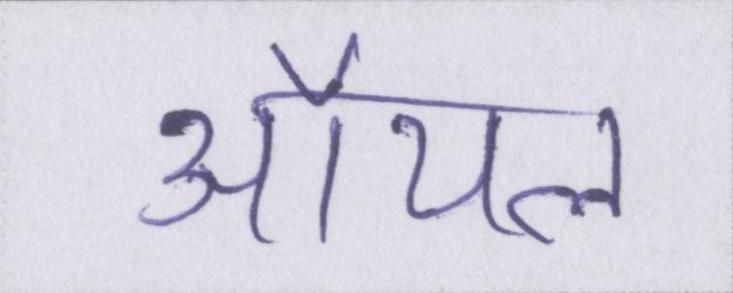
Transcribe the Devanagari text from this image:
ऑयल